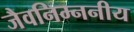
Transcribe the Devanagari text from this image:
जैवनिम्ननीय